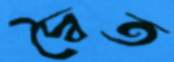
দ্বৈত